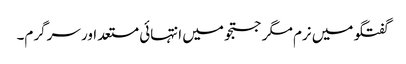
گفتگو میں نرم مگر جستجو میں انتہائی مستعد اور سرگرم۔